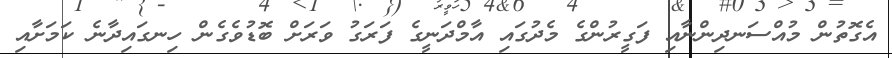
އެގޮތުން މުއްސަނދިންނާއި ފަގީރުންގެ މެދުގައި އާމްދަނީގެ ފަރަގު ވަރަށް ބޮޑުވެގެން ހިނގައިދާނެ ކަމަށާއި